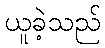
ယူခဲ့သည်